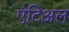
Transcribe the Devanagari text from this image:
एंटिअल